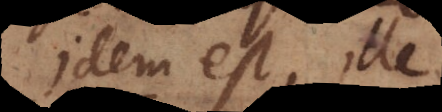
Idem est, ille